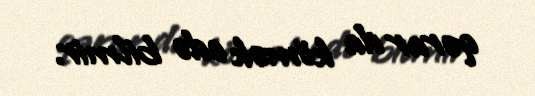
qərar da kömək edə bilmir.